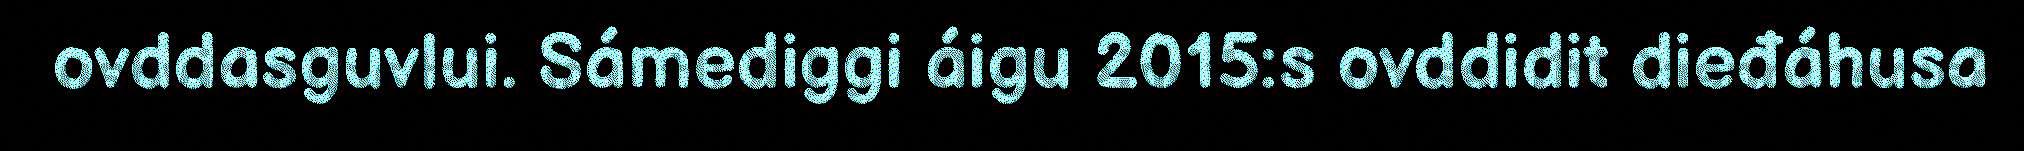
ovddasguvlui. Sámediggi áigu 2015:s ovddidit dieđáhusa